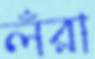
লঁরা